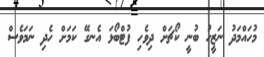
މުހައްމަދު ނަޒީހު ބުނީ ކޯޗަށް ދިވެހި ފުޓްބޯޅަ އެނގޭ ކަމަށް ހެދި ނަމަވެސް